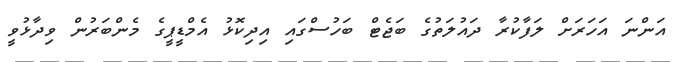
އަންނަ އަހަރަށް ލަފާކުރާ ދައުލަތުގެ ބަޖެޓް ބަހުސްގައި އިދިކޮޅު އެމްޑީޕީގެ މެންބަރުން ވިދާޅުވީ